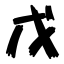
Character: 戊